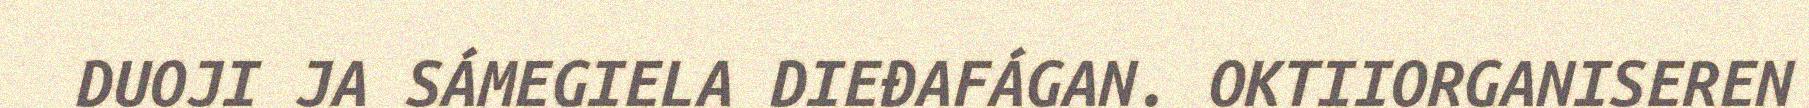
DUOJI JA SÁMEGIELA DIEĐAFÁGAN. OKTIIORGANISEREN